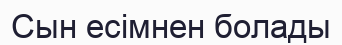
Сын есімнен болады